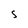
Character: S